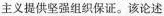
主义提供坚强组织保证。该论述